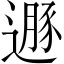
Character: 遯